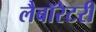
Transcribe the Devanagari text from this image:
लैबॉरेटरी